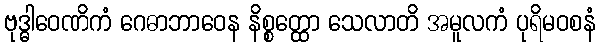
ဗုဒ္ဓါဝေဏိကံ ဂေဓာဘာဝေန နိစ္စတ္ထော သေလာတိ အမူလကံ ပုရိမဝစနံ